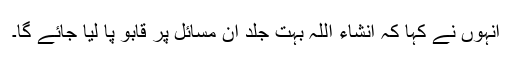
انہوں نے کہا کہ انشاء اللہ بہت جلد ان مسائل پر قابو پا لیا جائے گا۔